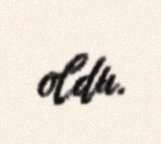
oldu.